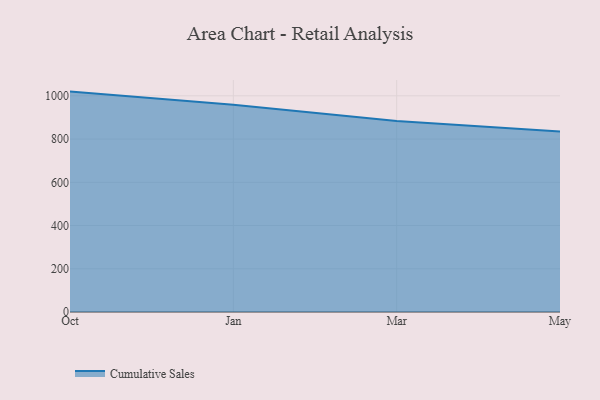
{"axis": {"x": "Month", "y": "Active Users"}, "legend": ["Cumulative Sales"], "data": [{"x": "Oct", "y": 1019.6, "type": "Cumulative Sales"}, {"x": "Jan", "y": 959.3, "type": "Cumulative Sales"}, {"x": "Mar", "y": 884.0, "type": "Cumulative Sales"}, {"x": "May", "y": 834.5, "type": "Cumulative Sales"}]}